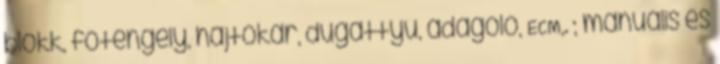
blokk, fõtengely, hajtókar, dugattyú, adagoló, ECM,. ; manuális és